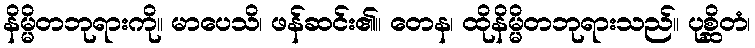
နိမ္မိတဘုရားကို။ မာပေသိ၊ ဖန်ဆင်း၏။ တေန၊ ထိုနိမ္မိတဘုရားသည်။ ပုစ္ဆိတံ၊